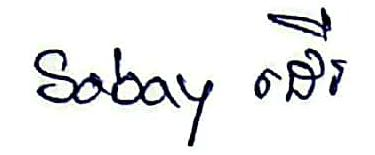
Sabay ដើរ